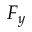
F _ { y }